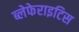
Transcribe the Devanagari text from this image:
ब्लेफेराइटिस